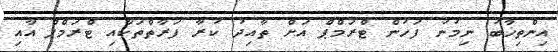
އިންތިޚާބު ނިމުނު ފަހުން ޓްރަމްޕް އަށް ތާއިދު ކުރާ ފަރާތްތަކާއި ޓްރަމްޕް އާއި